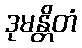
ဒုမန္တိတံ